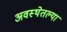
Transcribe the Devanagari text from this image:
अवस्थेतल्या